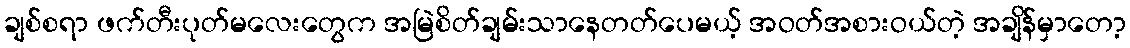
ချစ်စရာ ဖက်တီးပုတ်မလေးတွေက အမြဲစိတ်ချမ်းသာနေတတ်ပေမယ့် အဝတ်အစားဝယ်တဲ့ အချိန်မှာတော့